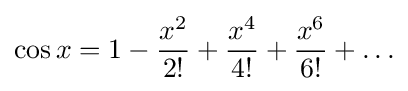
\cos x=1-{\frac {x^{2}}{2!}}+{\frac {x^{4}}{4!}}+{\frac {x^{6}}{6!}}+\ldots